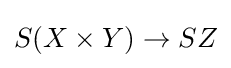
S(X\times Y)\rightarrow SZ